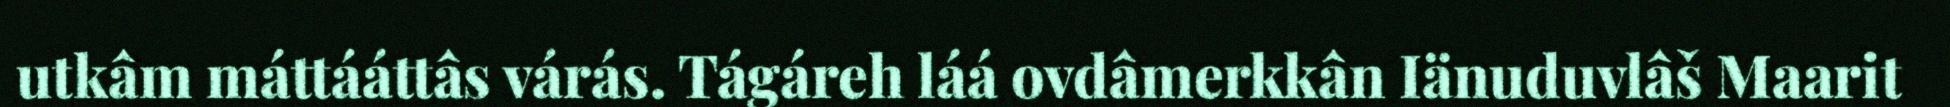
utkâm máttááttâs várás. Tágáreh láá ovdâmerkkân Iänuduvlâš Maarit